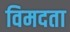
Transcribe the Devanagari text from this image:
विमदता